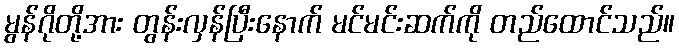
မွန်ဂိုတို့အား တွန်းလှန်ပြီးနောက် မင်မင်းဆက်ကို တည်ထောင်သည်။